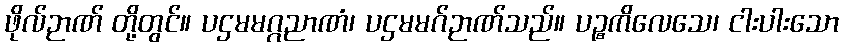
ဖိုလ်ဉာဏ် တို့တွင်။ ပဌမမဂ္ဂညာဏံ၊ ပဌမမဂ်ဉာဏ်သည်။ ပဉ္စကိလေသေ၊ ငါးပါးသော